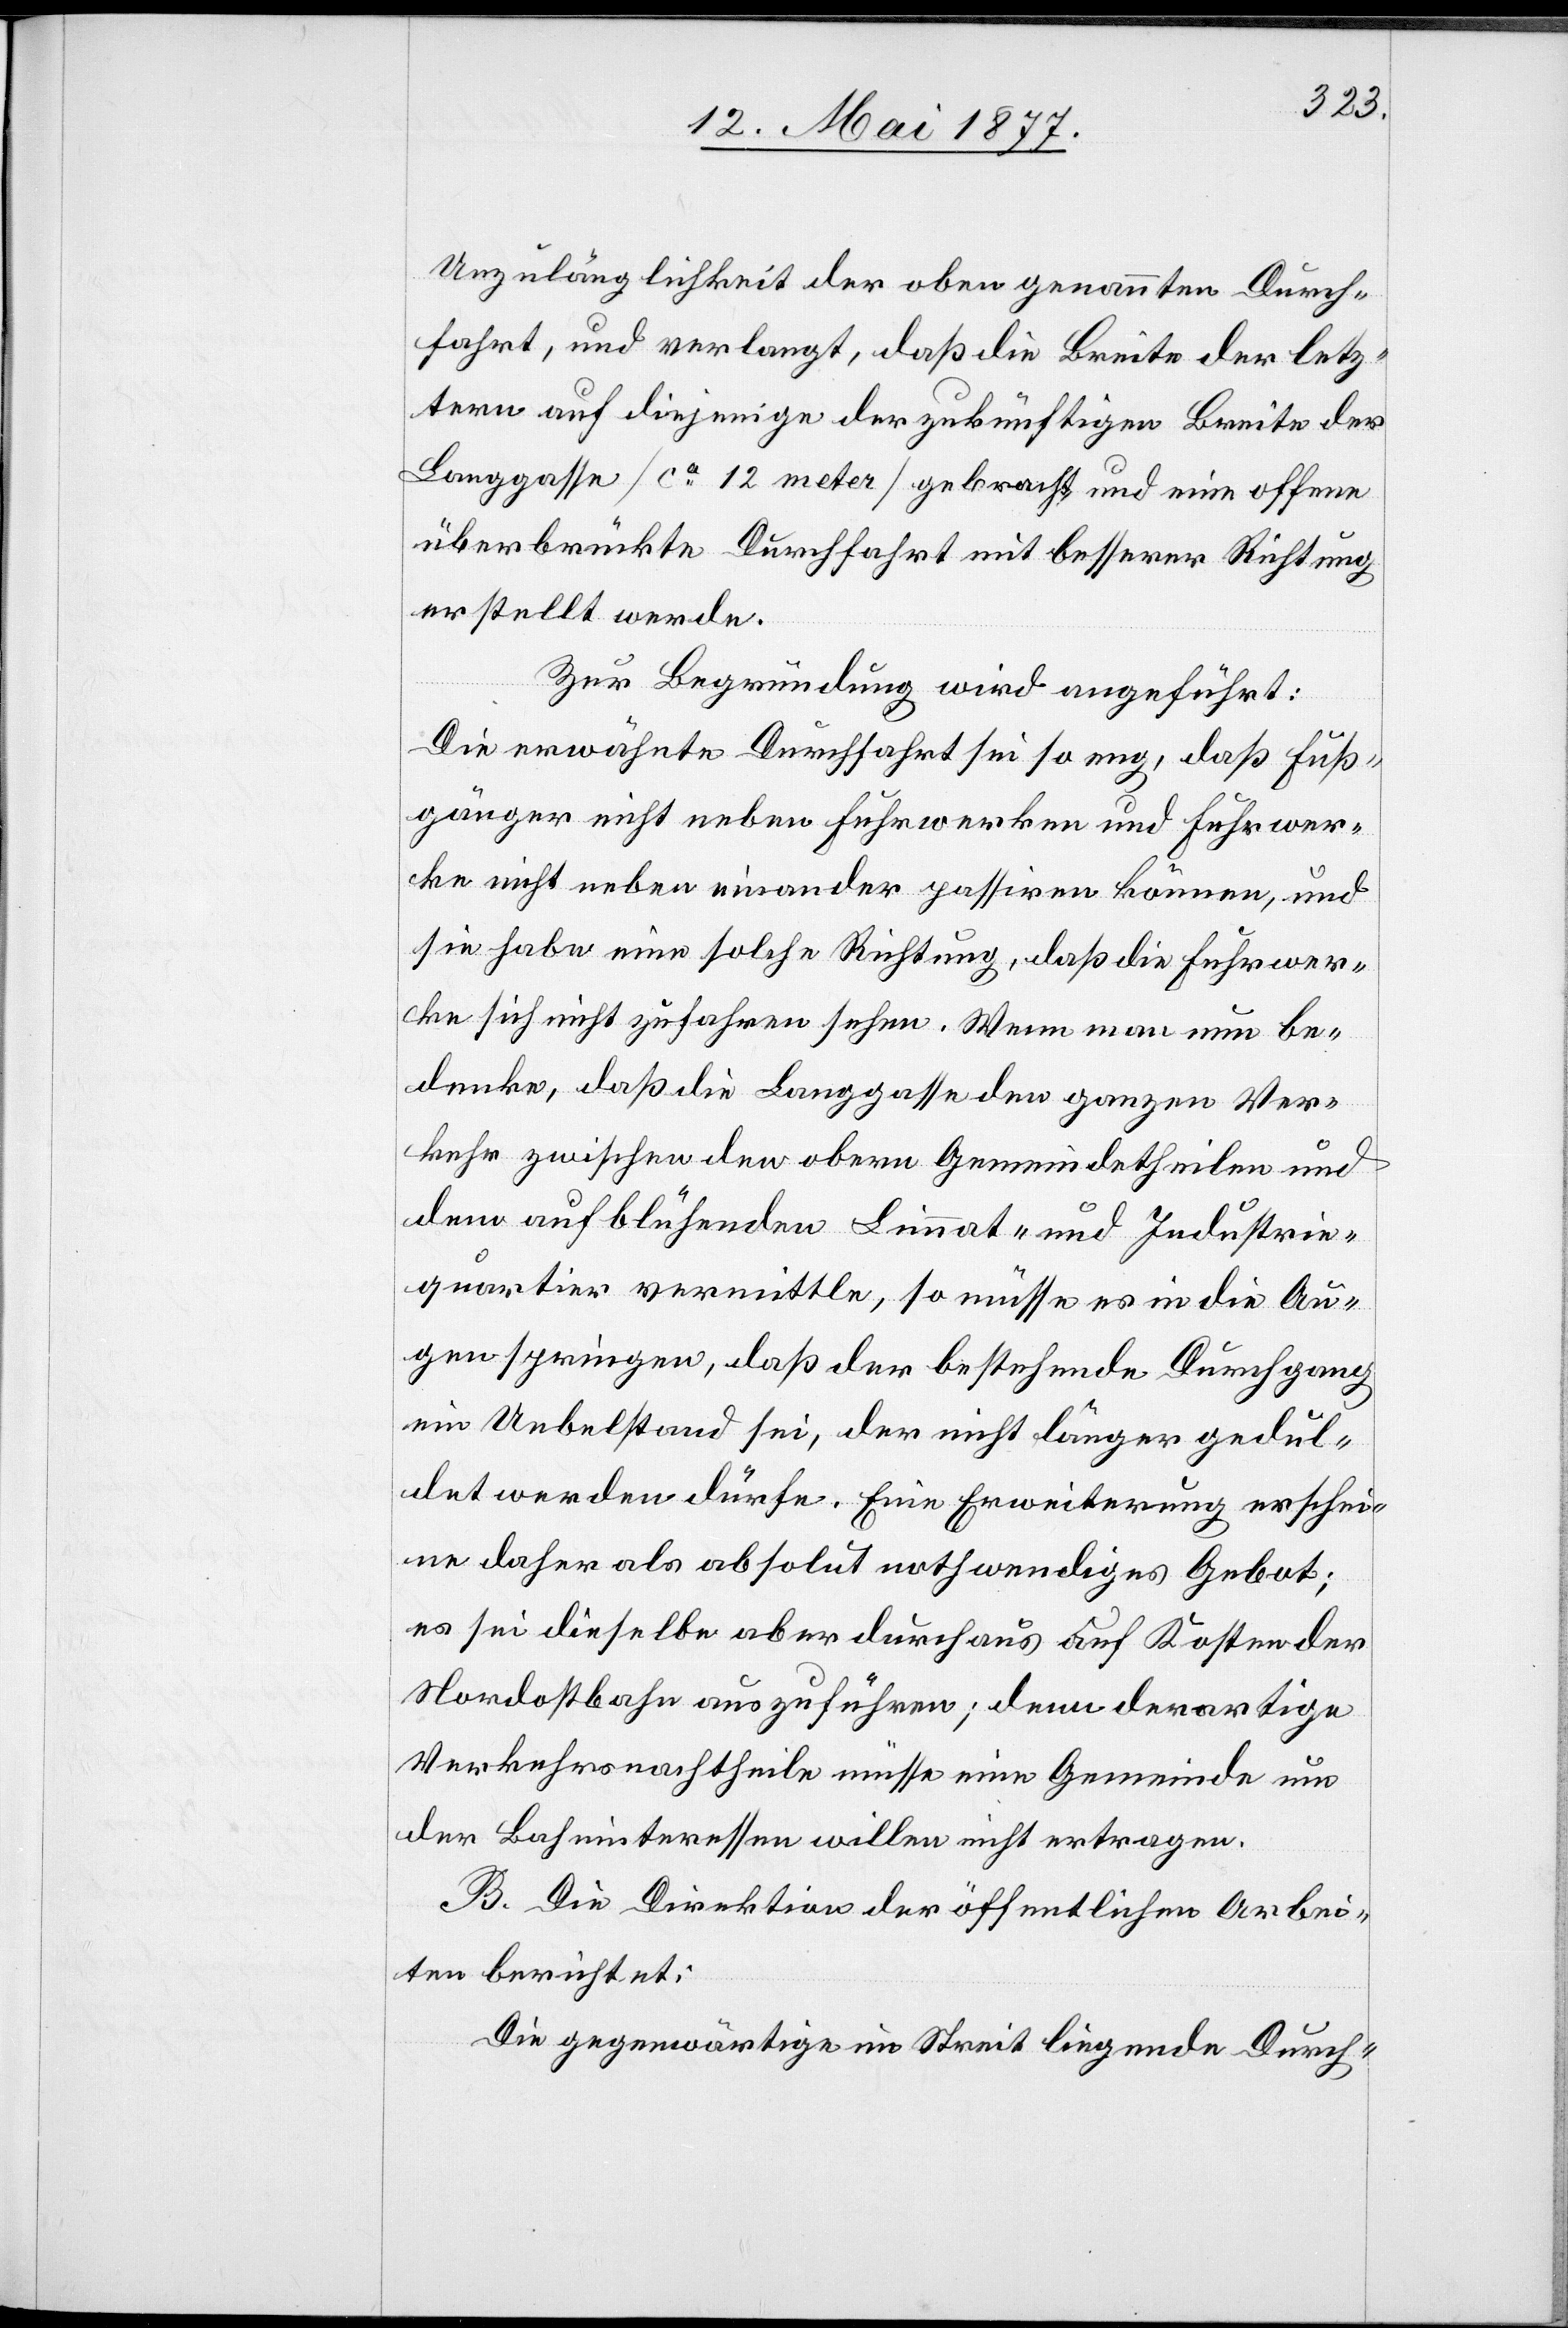
Unzulänglichkeit der oben genannten Durch¬
fahrt, und verlangt, daß die Breite der letz¬
tern auf diejenige der zukünftigen Breite der
Langgasse [ca 12 meter [sic!]] gebracht und eine offene
überbrückte Durchfahrt mit besserer Richtung
erstellt werde.
Zur Begründung wird angeführt:
Die erwähnte Durchfahrt sei so eng, daß Fuß¬
gänger nicht neben Fuhrwerken und Fuhrwer¬
ke nicht neben einander passiren können, und
sie habe eine solche Richtung, daß die Fuhrwer¬
ke sich nicht zufahren sehen. Wenn man nun be¬
denke, daß die Langgasse den ganzen Ver¬
kehr zwischen den obern Gemeindetheilen und
dem aufblühenden Limmat- und Industrie¬
quartier vermittle, so müsse es in die Au¬
gen springen, daß der bestehende Durchgang
ein Uebelstand sei, der nicht länger gedul¬
det werden dürfe. Eine Erweiterung erschei¬
ne daher als absolut nothwendiges Gebot;
es sei dieselbe aber durchaus auf Kosten der
Nordostbahn auszuführen; denn derartige
Verkehrsnachtheile müsse eine Gemeinde um
der Bahninteressen willen nicht ertragen.
B. Die Direktion der öffentlichen Arbei¬
ten berichtet:
Die gegenwärtige im Streit liegende Durch-